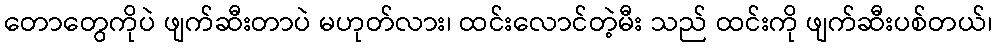
တောတွေကိုပဲ ဖျက်ဆီးတာပဲ မဟုတ်လား၊ ထင်းလောင်တဲ့မီး သည် ထင်းကို ဖျက်ဆီးပစ်တယ်၊